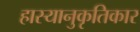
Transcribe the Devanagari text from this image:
हास्यानुकृतिकार